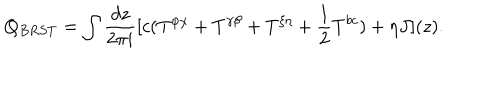
Q _ { B R S T } = \int \frac { d z } { 2 \pi i } [ c ( T ^ { \varphi \chi } + T ^ { \gamma \beta } + T ^ { \xi \eta } + \frac { 1 } { 2 } T ^ { b c } ) + \eta J ] ( z ) .